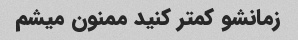
زمانشو کمتر کنید ممنون میشم